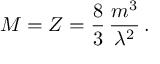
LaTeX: M = { \cal Z } = \frac { 8 } { 3 } \, \frac { m ^ { 3 } } { \lambda ^ { 2 } } \, .